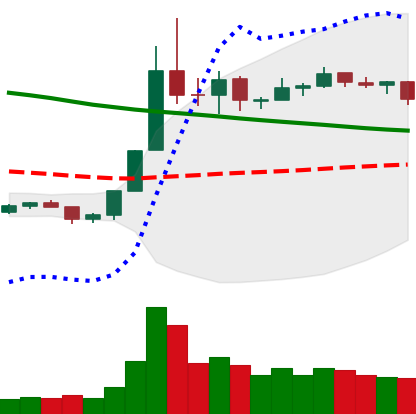
Ticker: NEO-USD
Chart end date: 2019-11-08
Forward return: 23.737%
Label: up_7plus